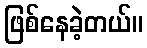
ဖြစ်နေခဲ့တယ်။